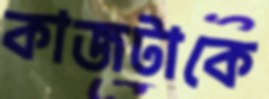
কাজটাকে